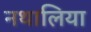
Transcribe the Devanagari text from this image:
नथालिया